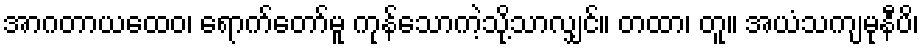
အာဂတာယထေဝ၊ ရောက်တော်မူ ကုန်သောကဲ့သို့သာလျှင်။ တထာ၊ တူ။ အယံသကျမုနီပိ၊